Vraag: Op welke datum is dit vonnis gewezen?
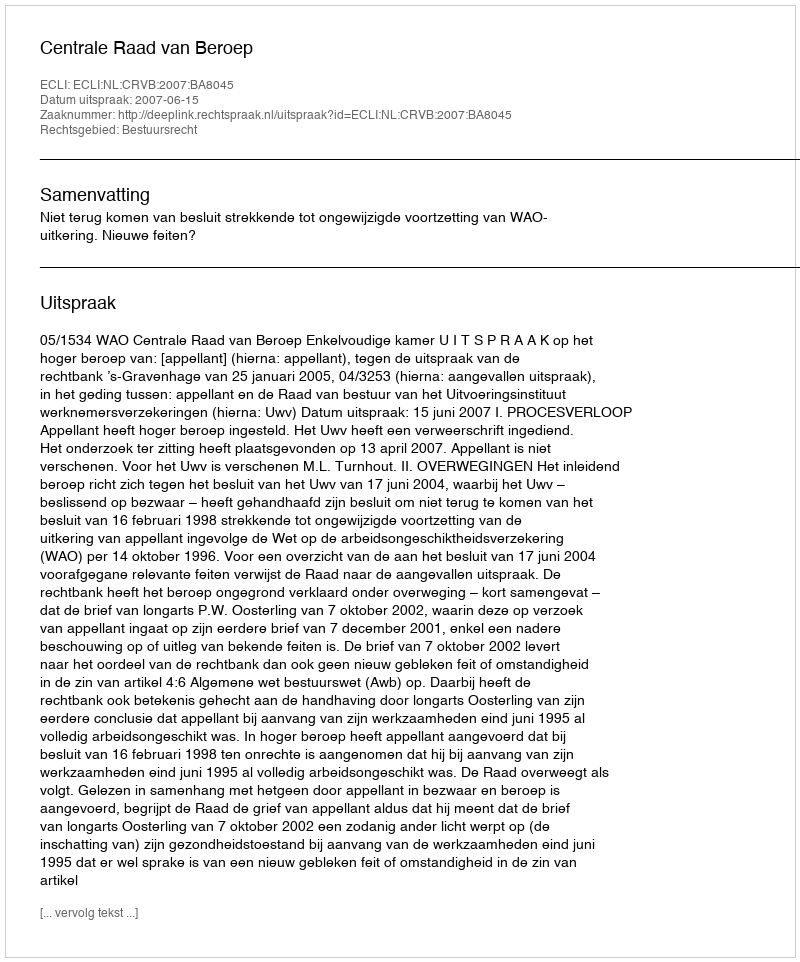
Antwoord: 2007-06-15